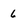
Character: 6